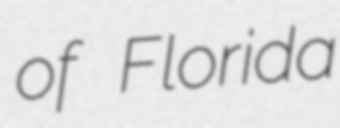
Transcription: of Florida